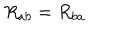
LaTeX: R _ { a b } = R _ { b a }